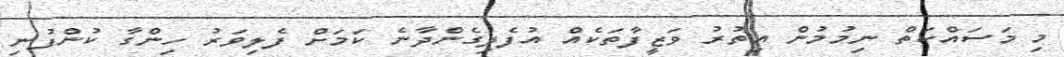
މި މަސައްކަތް ނިމުމުން އިތުރު ވަޒީފާތަކެއް އުފެދިގެންދާނެ ކަމަށް ފެލިވަރު ހިންގާ ކުންފުނި